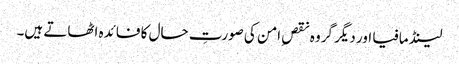
لینڈ مافیا اور دیگر گروہ نقصِ امن کی صورتِ حال کا فائدہ اٹھاتے ہیں۔